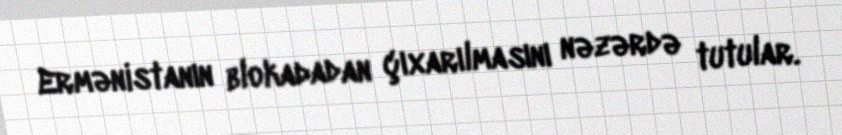
Ermənistanın blokadadan çıxarılmasını nəzərdə tutular.